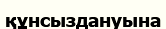
құнсыздануына